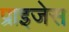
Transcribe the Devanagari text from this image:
प्राइजेस